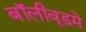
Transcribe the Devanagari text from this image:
बॉलीवूडमे